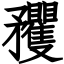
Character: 矡